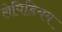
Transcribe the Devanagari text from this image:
लेपिडियम